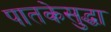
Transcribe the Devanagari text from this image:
पातकेसुद्धा